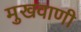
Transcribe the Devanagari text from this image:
मुखवाणी